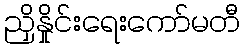
ညှိနှိုင်းရေးကော်မတီ